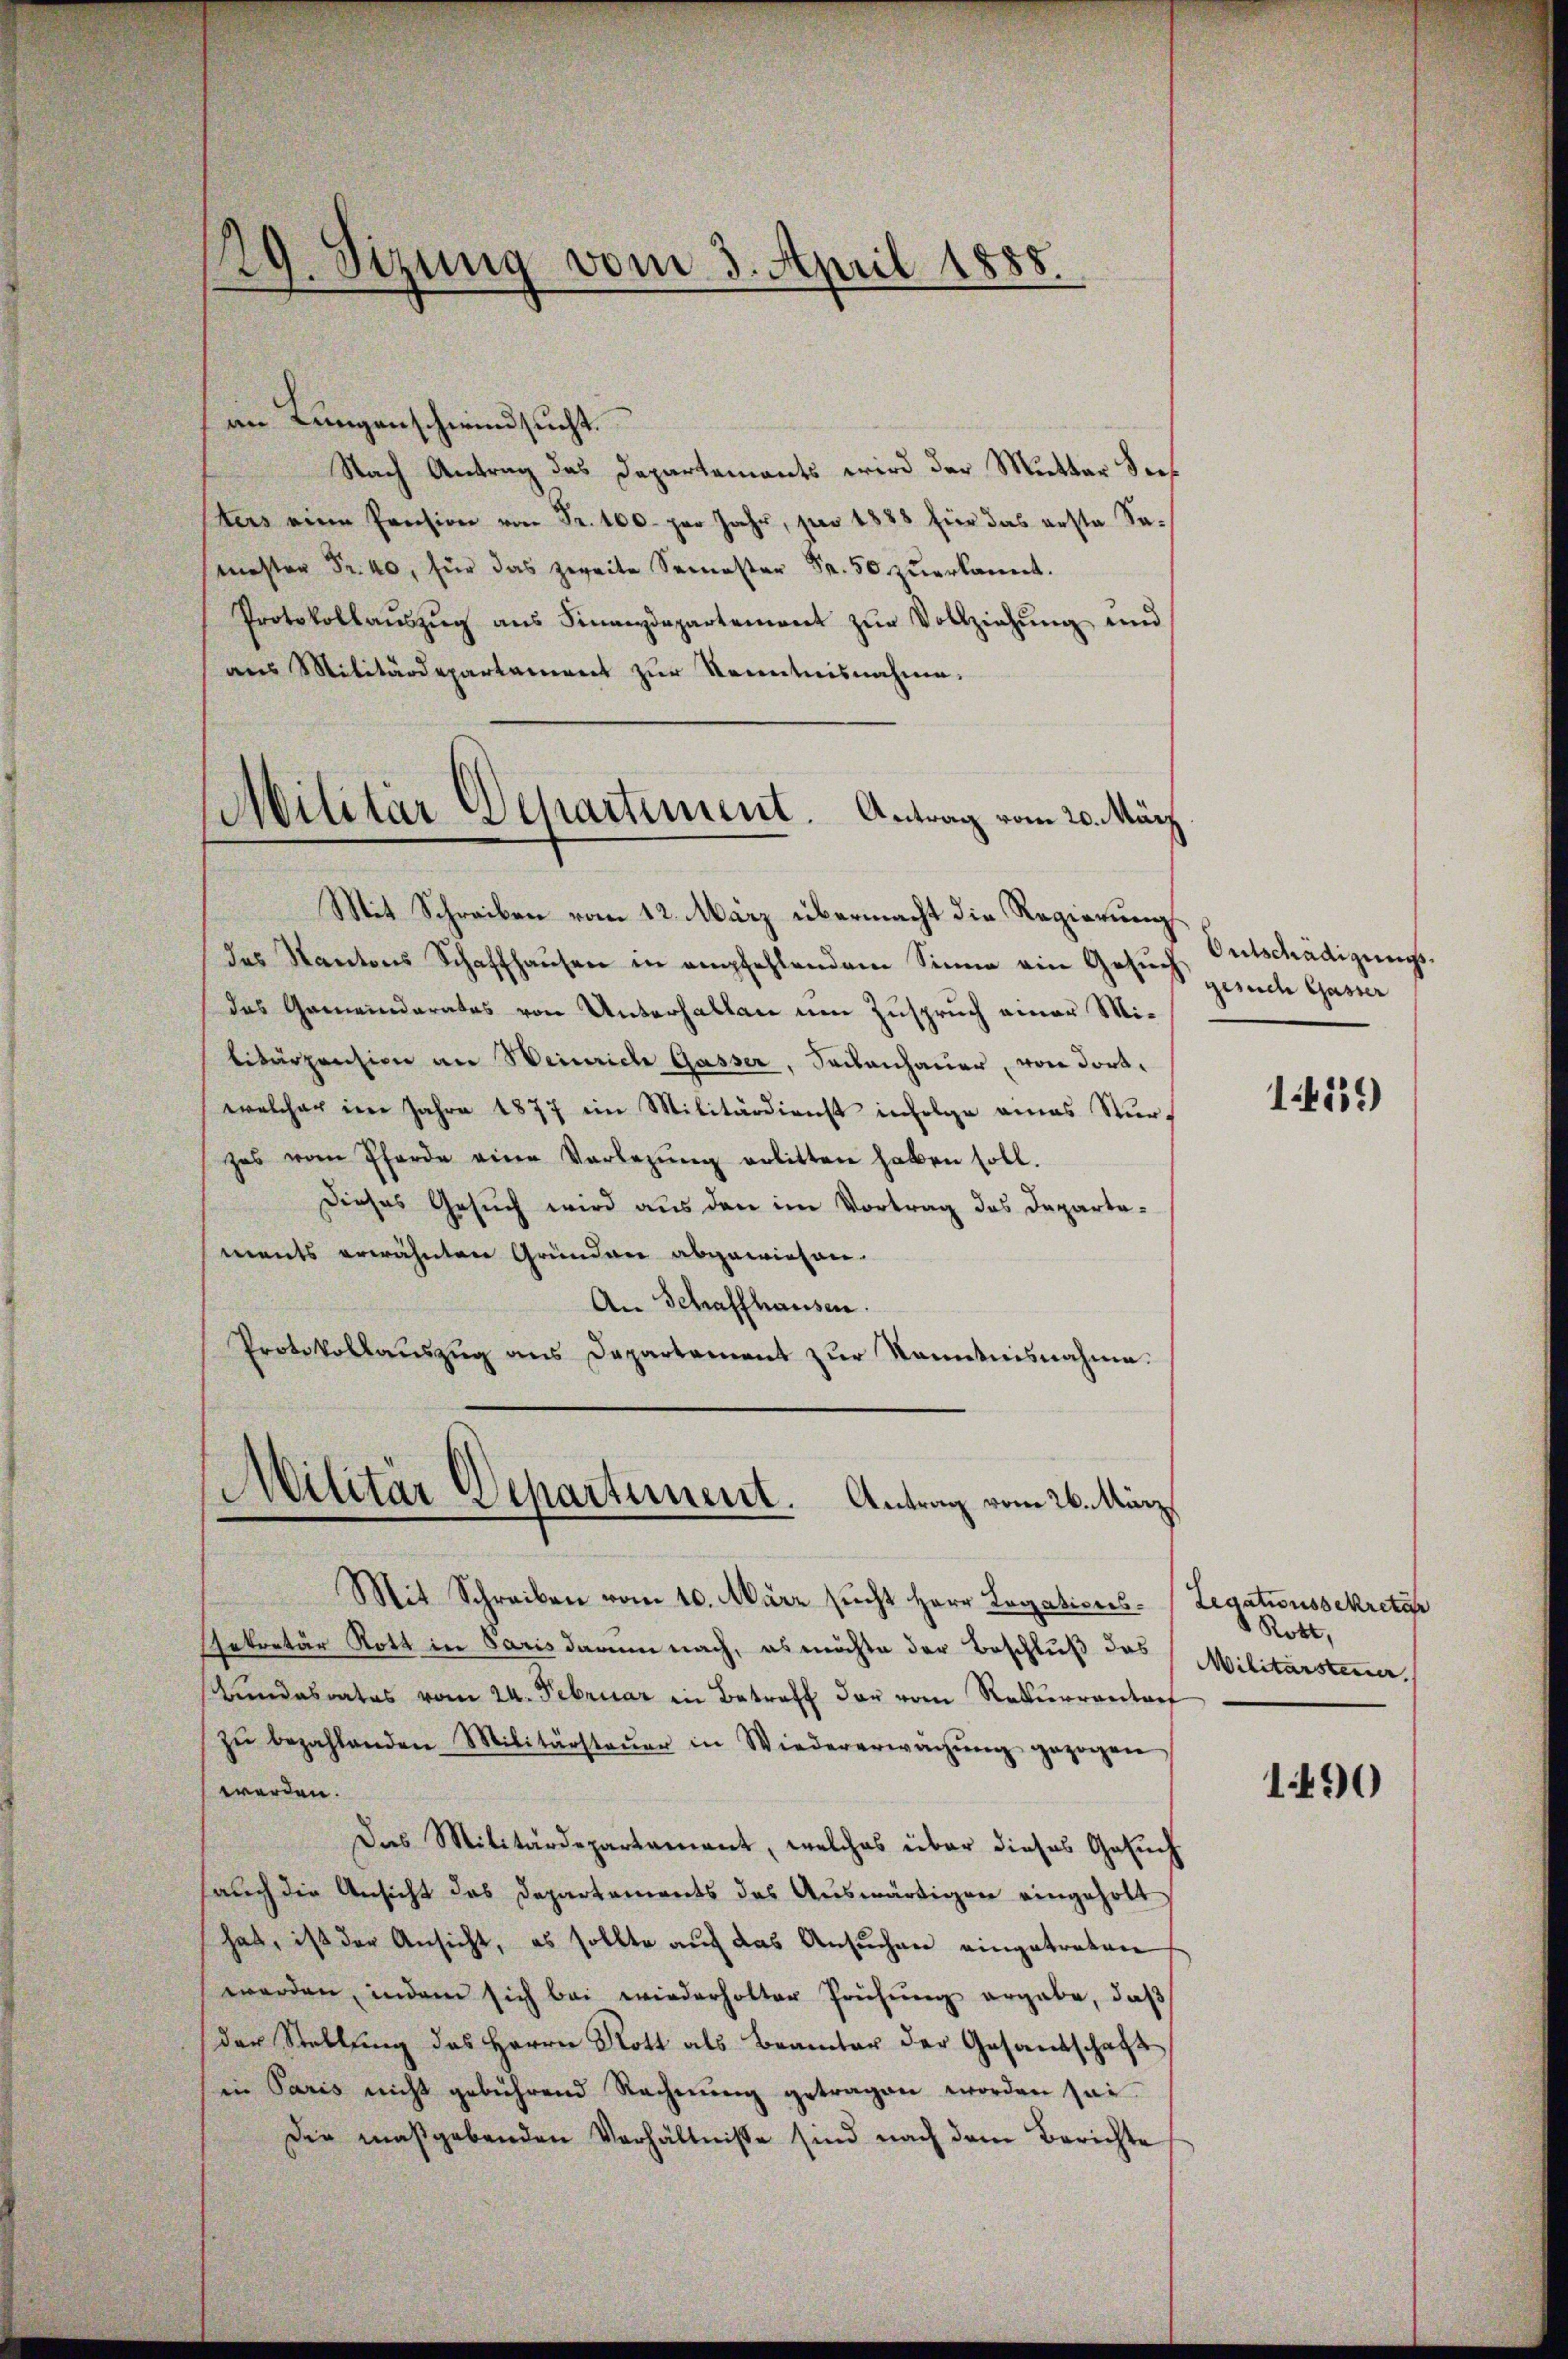
0
2. Stzung vom 3. April 1885.

im Langenschwindsucht.
Nach Antrag des Departements wird der Mutter des
ters eine Pension von Fr. 100. pro Jahr, pro 1888 für das erste Sa¬
. für das S
Protokollaŭszŭg aŭs Finanzdepartement zŭr Vollziehŭng und
aus Militärdepartament zur Kenntnisnahme.
Mit Schreiben vom 12. März übermacht die Regierung
das Kantons Schaffhausen in empfehlendem Sinne ein Gesuch
das Gemeinderates von Unterhalten um Zuspruch einer Militärpension an Weinrich Gasser, Sackenhauer, von dortwelcher im Jahre 1877 im Militärdienst infolge eines Sturzes vom Pferde eine Vorlegŭng erlitten haben soll.
Dieses Gesuch wird aus den im Vortrag des Departa-
ments erwähnten Gründen abgewiesen.
An Schaffhausen.
Protokollauszug aus Departement zur Kenntnisnahme.
Militär Departement. Antrag vom 26. Aug.

Militär Departement. Antrag vom 20. März

Mit Schreiben vom 10. März sucht Herr Legations¬
Sekretär Rott in Paris darum nach, es möchte der Beschluß das
Bundesrates vom 24. Februar in Betreff der vom Rekurrentref
zŭ bezahlenden Militärsteŭer in Wiedererwachŭng gezogen,
werden.
Das Militärdepartament, welches über dieses Gesuch
auch die Ansicht das Departements des Auswärtigen eingeholt
hat, ist der Ansicht, es sollte aŭf das Ansŭchen eingetreten
werden, indem sich bei wiederholter Prüfung ergabe, daß
der Stellung des Herrn Rott als Beamter der Gesandschaft
in Paris nicht gebührend Rechnŭng getragen worden sei.
Die maßgebenden Verhältnisse sind nach dem Berichte

Ontschädigungsgesuch Gasser

14539)

Legationssekretär
Rott,
Militärsteuer.

1490